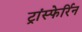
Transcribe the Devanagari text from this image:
ट्रांस्फेर्रिन